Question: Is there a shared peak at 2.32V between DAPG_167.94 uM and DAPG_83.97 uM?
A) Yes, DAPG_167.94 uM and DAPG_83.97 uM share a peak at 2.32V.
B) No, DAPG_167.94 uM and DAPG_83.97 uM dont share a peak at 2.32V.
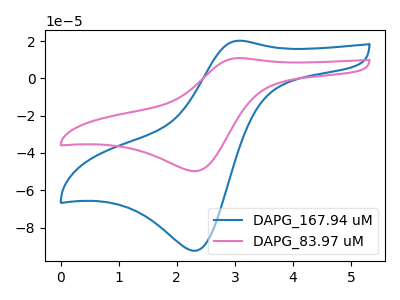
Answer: <think>The blue curve "DAPG_167.94 uM" has an anodic peak at (3.05V, 20.15uA) and a cathodic peak at (2.30V, -92.40uA). The pink curve "DAPG_83.97 uM" has an anodic peak at (3.05V, 10.85uA) and a cathodic peak at (2.30V, -49.70uA).</think>
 <answer>A) Yes, "DAPG_167.94 uM" and "DAPG_83.97 uM" share a peak at 2.32V.</answer>
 <eval>A</eval>